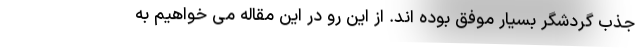
جذب گردشگر بسیار موفق بوده اند. از این رو در این مقاله می خواهیم به